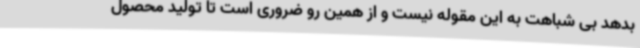
بدهد بی شباهت به این مقوله نیست و از همین رو ضروری است تا تولید محصول